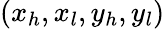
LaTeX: (x_{h},x_{l},y_{h},y_{l})